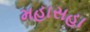
મહાસહા